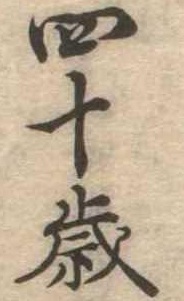
四十歳